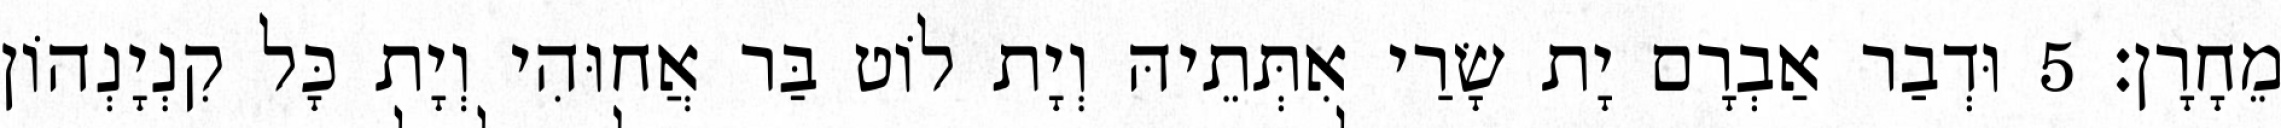
מֵחָרָן׃ 5 וּדְבַר אַבְרָם יָת שָׂרַי אִתְּתֵיהּ וְיָת לוֹט בַּר אֲחוּהִי וְיָת כָּל קִנְיָנְהוֹן